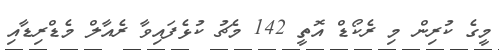
މީގެ ކުރިން މި ރެކޯޑް އޮތީ 142 މެޗު ކުޅެފައިވާ ރެއާލް މެޑްރިޑާއި